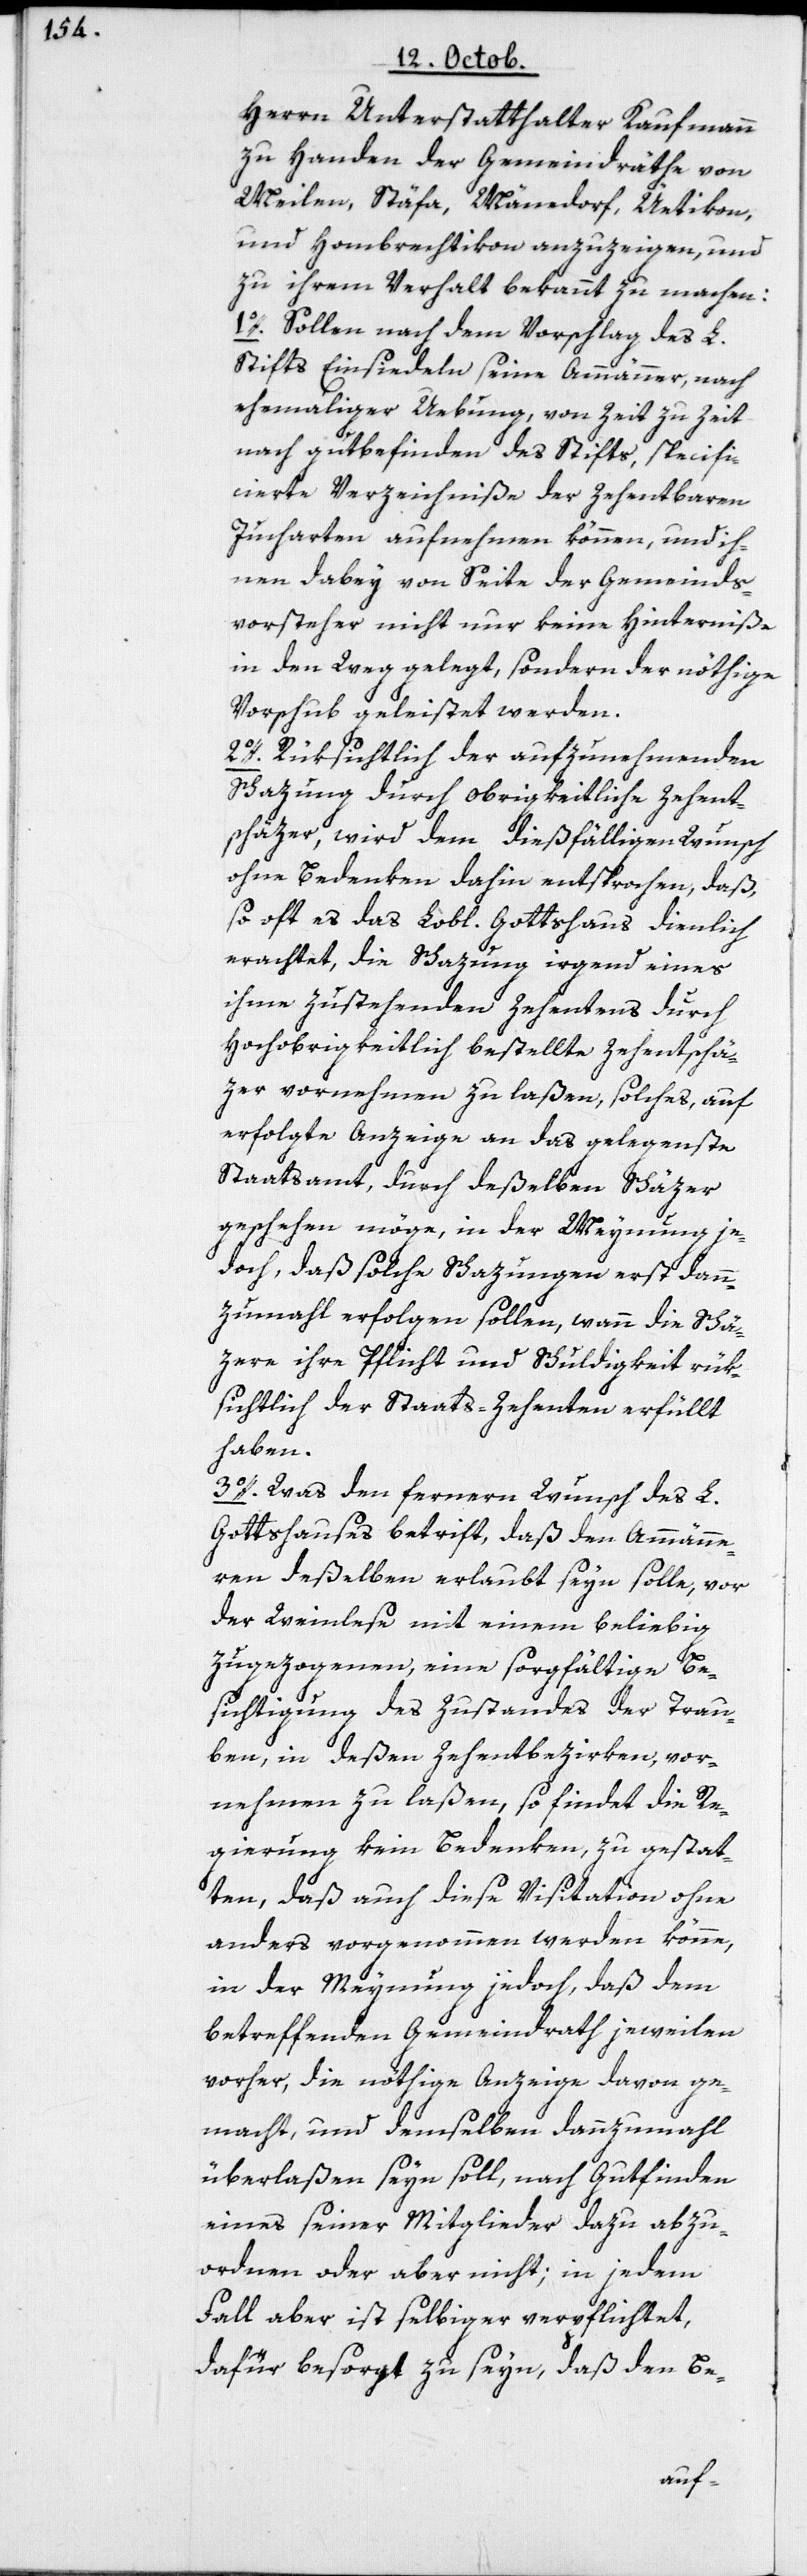
Herrn Unterstatthalter Kaufmann
zu Handen der Gemeindräthe von
Meilen, Stäfa, Männedorf, Uetikon
und Hombrechtikon anzuzeigen, und
zu ihrem Verhalt bekannt zu machen:
1o. Sollen nach dem Vorschlag des L.
Stifts Einsiedeln seine Ammänner, nach
ehemahliger Uebung, von Zeit zu Zeit
nach Gutbefinden des Stifts, specifi¬
cierte Verzeichniße der Zehentbaren
Jucharten aufnehmen können, und ih¬
nen dabey von Seite der Gemeinds¬
vorsteher nicht nur keine Hinterniße
in den Weg gelegt, sondern der nöthige
Vorschub geleistet werden.
2o. Rüksichtlich der aufzunehmenden
Schazung durch obrigkeitliche Zehent¬
schäzer, wird dem dießfälligen Wunsch
ohne Bedenken dahin entsprochen, daß,
so oft es das Lobl. Gottshaus dienlich
erachtet, die Schazung irgend eines
ihme zustehenden Zehents durch
Hochobrigkeitlich bestellte Zehentschät¬
zer vornehmen zu laßen, solches auf
erfolgte Anzeige an das gelegenste
Staatsamt, durch deßelben Schäzer
geschehen möge, in der Meynung je¬
doch, daß solche Schazungen erst dann¬
zumahl erfolgen sollen, wann die Schä¬
tzere ihre Pflicht und Schuldigkeit rük¬
sichtlich des Staats-Zehenten erfüllt
haben.
3o. Was den fernern Wunsch des L.
Gottshaus betrift, daß den Ammänne¬
ren deßelben erlaubt seyn solle, vor
der Weinlese mit einem beliebig
zugezogenen, eine sorgfältige Be¬
sichtigung des Zustandes der Trau¬
ben, in deßen Zehentbezirken vor¬
nehmen zu laßen, so findet die Re¬
gierung kein Bedenken, zu gestat¬
ten, daß auch diese Visitation ohne
anders vorgenommen werden könne,
in der Meynung jedoch, daß dem
betreffenden Gemeindrath jeweilen
vorher, die nöthige Anzeige davon ge¬
macht und demselben dannzumahl
überlaßen seyn soll, nach Gutfinden
eines seiner Mitglieder dazu abzu¬
ordnen oder aber nicht; in jedem
Fall aber ist selbiger verpflichtet,
dafür besorgt zu seyn, daß den Be-